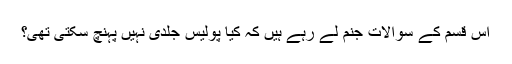
اس قسم کے سوالات جنم لے رہے ہیں کہ کیا پولیس جلدی نہیں پہنچ سکتی تھی؟